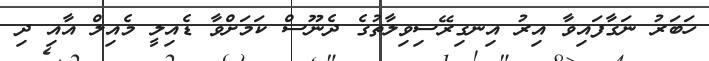
ހަބަރު ނަގާފައިވާ އިރު އިނގިރޭސިވިލާތުގެ ދެނޫސް ކަމަށްވާ ޑެއިލީ މެއިލް އާއި ދި